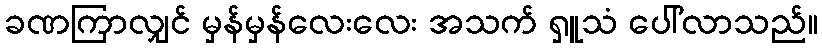
ခဏကြာလျှင် မှန်မှန်လေးလေး အသက် ရှူသံ ပေါ်လာသည်။